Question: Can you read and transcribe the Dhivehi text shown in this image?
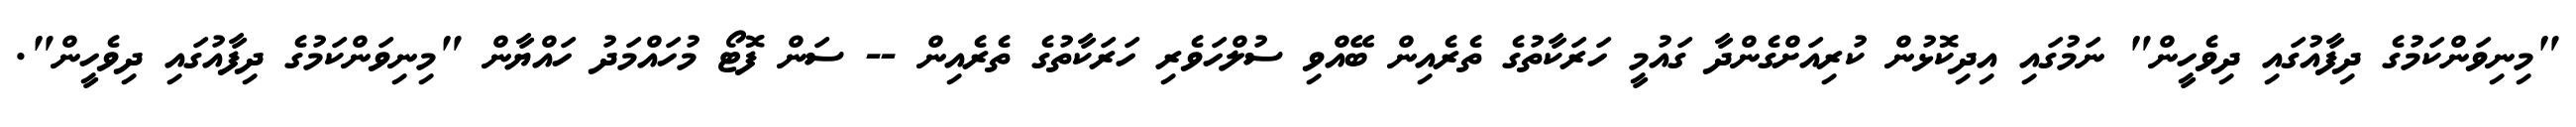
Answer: "މިނިވަންކަމުގެ ދިފާއުގައި ދިވެހީން" ނަމުގައި އިދިކޮޅުން ކުރިއަށްގެންދާ ގައުމީ ހަރަކާތުގެ ތެރެއިން ބޭއްވި ސުލްހަވެރި ހަރަކާތުގެ ތެރެއިން -- ސަން ފޮޓޯ މުހައްމަދު ހައްޔާން "މިނިވަންކަމުގެ ދިފާއުގައި ދިވެހީން".